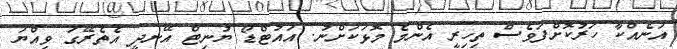
އަނެއްކާ ހަރުކޮށްފަވެސް ތިހިރީ އެންމެ މޮޅަކަށްނު. އައުޓްޑޯ ޔުނިޓް އޭނދީ އެތެރޭގަ ވިއްޔަ